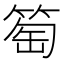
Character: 𥮽